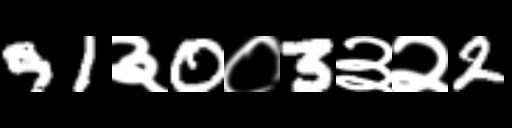
Text: 91३0०3३२2